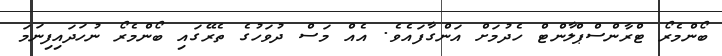
ބޯންމެރޯ ޓްރާންސްޕްލާންޓް ހެދުމަށް އަންގާފައެވެ. އެއް މަސް ދުވަހުގެ ތެރޭގައި ބޯންމެރޯ ނުހަދައިފިނަމަ